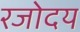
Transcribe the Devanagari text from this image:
रजोदय